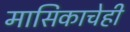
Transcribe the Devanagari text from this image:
मासिकाचेही